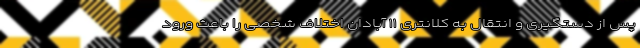
پس از دستگیری و انتقال به کلانتری ۱۱ آبادان اختلاف شخصی را باعث ورود